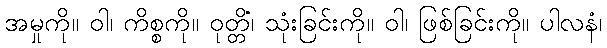
အမှုကို။ ဝါ၊ ကိစ္စကို။ ဝုတ္တိံ၊ သုံးခြင်းကို။ ဝါ၊ ဖြစ်ခြင်းကို။ ပါလနံ၊